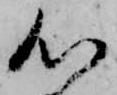
心